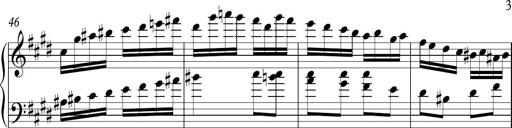
Title: Ten Piano Sonatinas
Composer: Andreas Sain